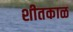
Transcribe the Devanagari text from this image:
शीतकाळ